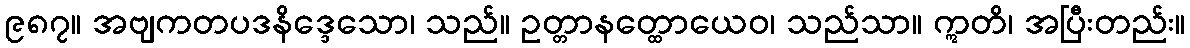
၉၈၇။ အဗျကတပဒနိဒ္ဒေသော၊ သည်။ ဥတ္တာနတ္ထောယေဝ၊ သည်သာ။ ဣတိ၊ အပြီးတည်း။